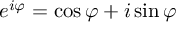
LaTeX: e ^ { i \varphi } = \cos \varphi + i \sin \varphi